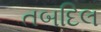
તબદિલ